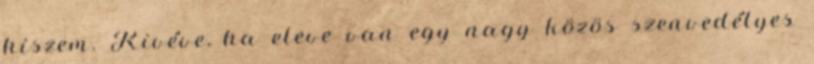
hiszem. Kivéve, ha eleve van egy nagy közös szenvedélyes